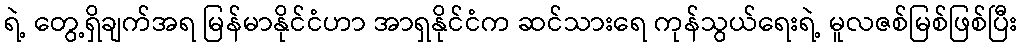
ရဲ့ တွေ့ရှိချက်အရ မြန်မာနိုင်ငံဟာ အာရှနိုင်ငံက ဆင်သားရေ ကုန်သွယ်ရေးရဲ့ မူလဇစ်မြစ်ဖြစ်ပြီး